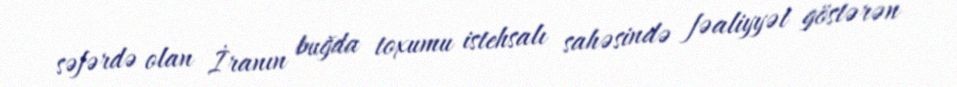
səfərdə olan İranın buğda toxumu istehsalı sahəsində fəaliyyət göstərən